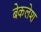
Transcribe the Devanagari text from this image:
बेकलेश